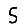
Digit: 5